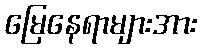
မြေနေရာများအား